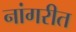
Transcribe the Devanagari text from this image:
नांगरीत